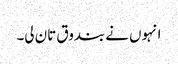
انہوں نے بندوق تان لی۔